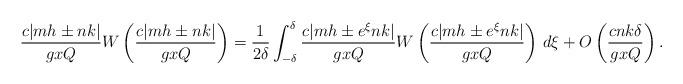
LaTeX: \begin{align*}\frac{c |mh\pm nk|}{gx Q} W\left( \frac{c |mh\pm nk|}{gx Q}\right) = \frac{1}{2\delta}\int_{-\delta}^{\delta} \frac{c |mh\pm e^{\xi}nk|}{gx Q} W\left( \frac{c |mh\pm e^{\xi}nk|}{gx Q}\right)\,d\xi +O\left(\frac{c nk \delta}{gx Q}\right).\end{align*}